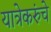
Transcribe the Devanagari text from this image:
यात्रेकरुंचे